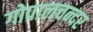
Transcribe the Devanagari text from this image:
गोपालचन्दर